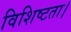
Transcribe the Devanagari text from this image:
विशिष्टता।